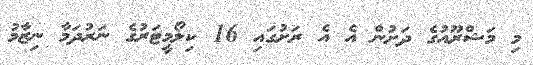
މި މަޝްރޫއުގެ ދަށުން އެ އެ ރަށުގައި 16 ކިލޯމީޓަރުގެ ނަރުދަމާ ނިޒާމު